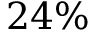
2 4 \%